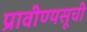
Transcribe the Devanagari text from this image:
प्रावीण्यसूची